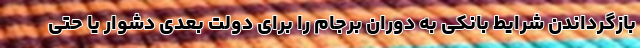
بازگرداندن شرایط بانکی به دوران برجام را برای دولت بعدی دشوار یا حتی